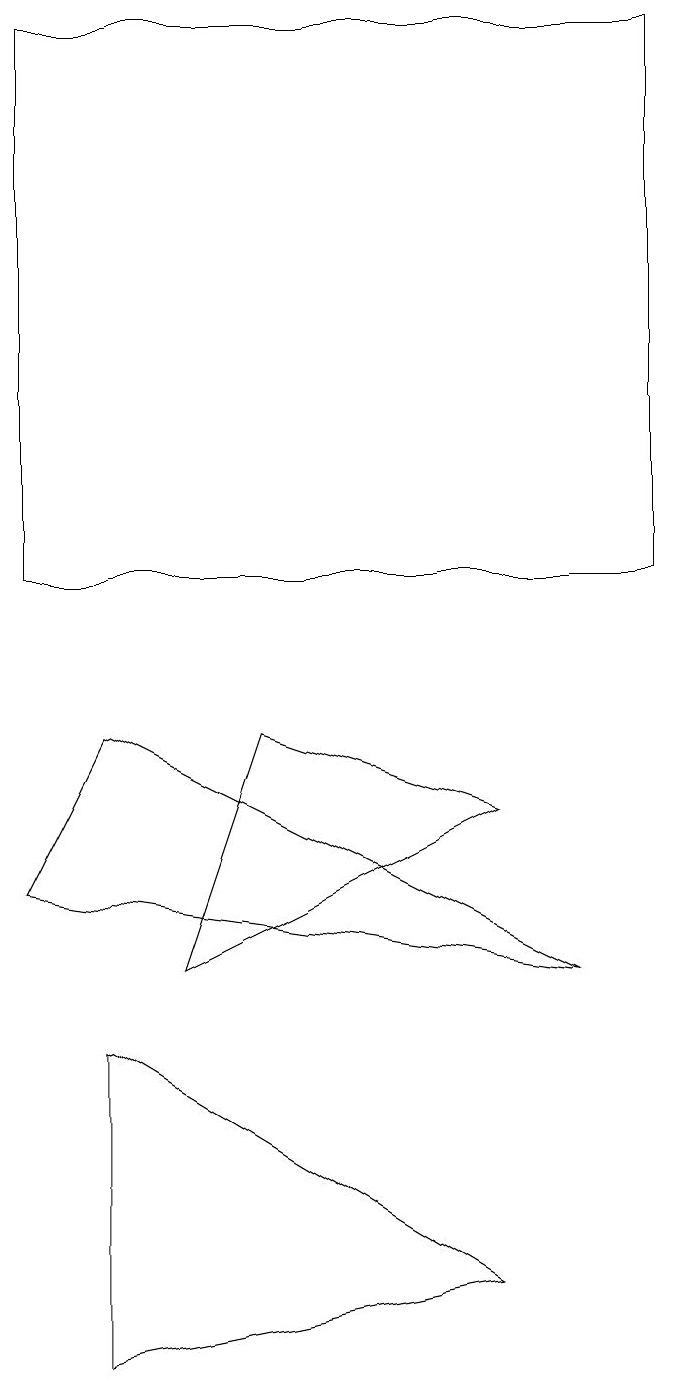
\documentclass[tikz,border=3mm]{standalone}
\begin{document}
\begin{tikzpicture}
\draw (2,5) -- (7,2) -- (2,1) -- cycle;
\draw (2,9) -- (8,6) -- (1,7) -- cycle;
\draw (7,8) -- (3,6) -- (4,9) -- cycle;
\draw (1,11) rectangle (9,18);
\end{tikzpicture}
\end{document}